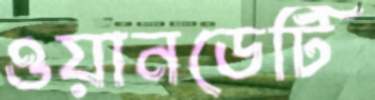
ওয়ানডেটি